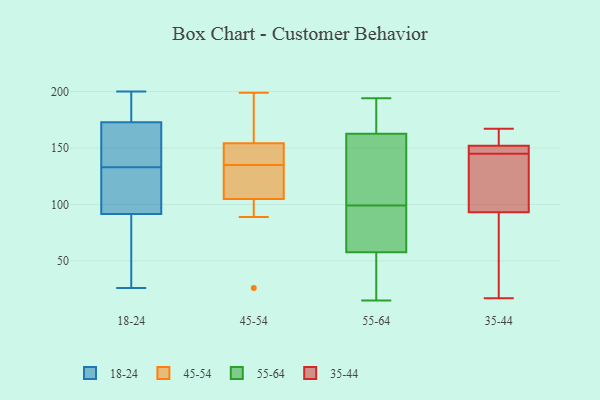
{"axis": {"x": "Waste Production (Tons)", "y": "Value"}, "legend": ["18-24", "35-44", "45-54", "55-64"], "data": [{"x": "", "y": 26, "type": "18-24"}, {"x": "", "y": 138, "type": "18-24"}, {"x": "", "y": 123, "type": "18-24"}, {"x": "", "y": 200, "type": "18-24"}, {"x": "", "y": 192, "type": "18-24"}, {"x": "", "y": 178, "type": "18-24"}, {"x": "", "y": 94, "type": "18-24"}, {"x": "", "y": 75, "type": "18-24"}, {"x": "", "y": 155, "type": "18-24"}, {"x": "", "y": 171, "type": "18-24"}, {"x": "", "y": 158, "type": "18-24"}, {"x": "", "y": 197, "type": "18-24"}, {"x": "", "y": 81, "type": "18-24"}, {"x": "", "y": 117, "type": "18-24"}, {"x": "", "y": 132, "type": "18-24"}, {"x": "", "y": 84, "type": "18-24"}, {"x": "", "y": 133, "type": "18-24"}, {"x": "", "y": 122, "type": "45-54"}, {"x": "", "y": 152, "type": "45-54"}, {"x": "", "y": 133, "type": "45-54"}, {"x": "", "y": 26, "type": "45-54"}, {"x": "", "y": 155, "type": "45-54"}, {"x": "", "y": 99, "type": "45-54"}, {"x": "", "y": 193, "type": "45-54"}, {"x": "", "y": 152, "type": "45-54"}, {"x": "", "y": 135, "type": "45-54"}, {"x": "", "y": 89, "type": "45-54"}, {"x": "", "y": 199, "type": "45-54"}, {"x": "", "y": 99, "type": "55-64"}, {"x": "", "y": 181, "type": "55-64"}, {"x": "", "y": 96, "type": "55-64"}, {"x": "", "y": 21, "type": "55-64"}, {"x": "", "y": 111, "type": "55-64"}, {"x": "", "y": 179, "type": "55-64"}, {"x": "", "y": 55, "type": "55-64"}, {"x": "", "y": 15, "type": "55-64"}, {"x": "", "y": 66, "type": "55-64"}, {"x": "", "y": 114, "type": "55-64"}, {"x": "", "y": 194, "type": "55-64"}, {"x": "", "y": 93, "type": "35-44"}, {"x": "", "y": 140, "type": "35-44"}, {"x": "", "y": 150, "type": "35-44"}, {"x": "", "y": 167, "type": "35-44"}, {"x": "", "y": 17, "type": "35-44"}, {"x": "", "y": 158, "type": "35-44"}, {"x": "", "y": 125, "type": "35-44"}, {"x": "", "y": 152, "type": "35-44"}, {"x": "", "y": 151, "type": "35-44"}, {"x": "", "y": 31, "type": "35-44"}]}